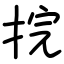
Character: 捖